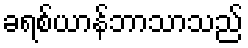
ခရစ်ယာန်ဘာသာသည်